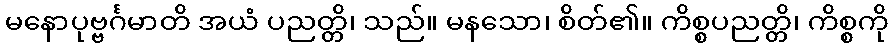
မနောပုဗ္ဗင်္ဂမာတိ အယံ ပညတ္တိ၊ သည်။ မနသော၊ စိတ်၏။ ကိစ္စပညတ္တိ၊ ကိစ္စကို